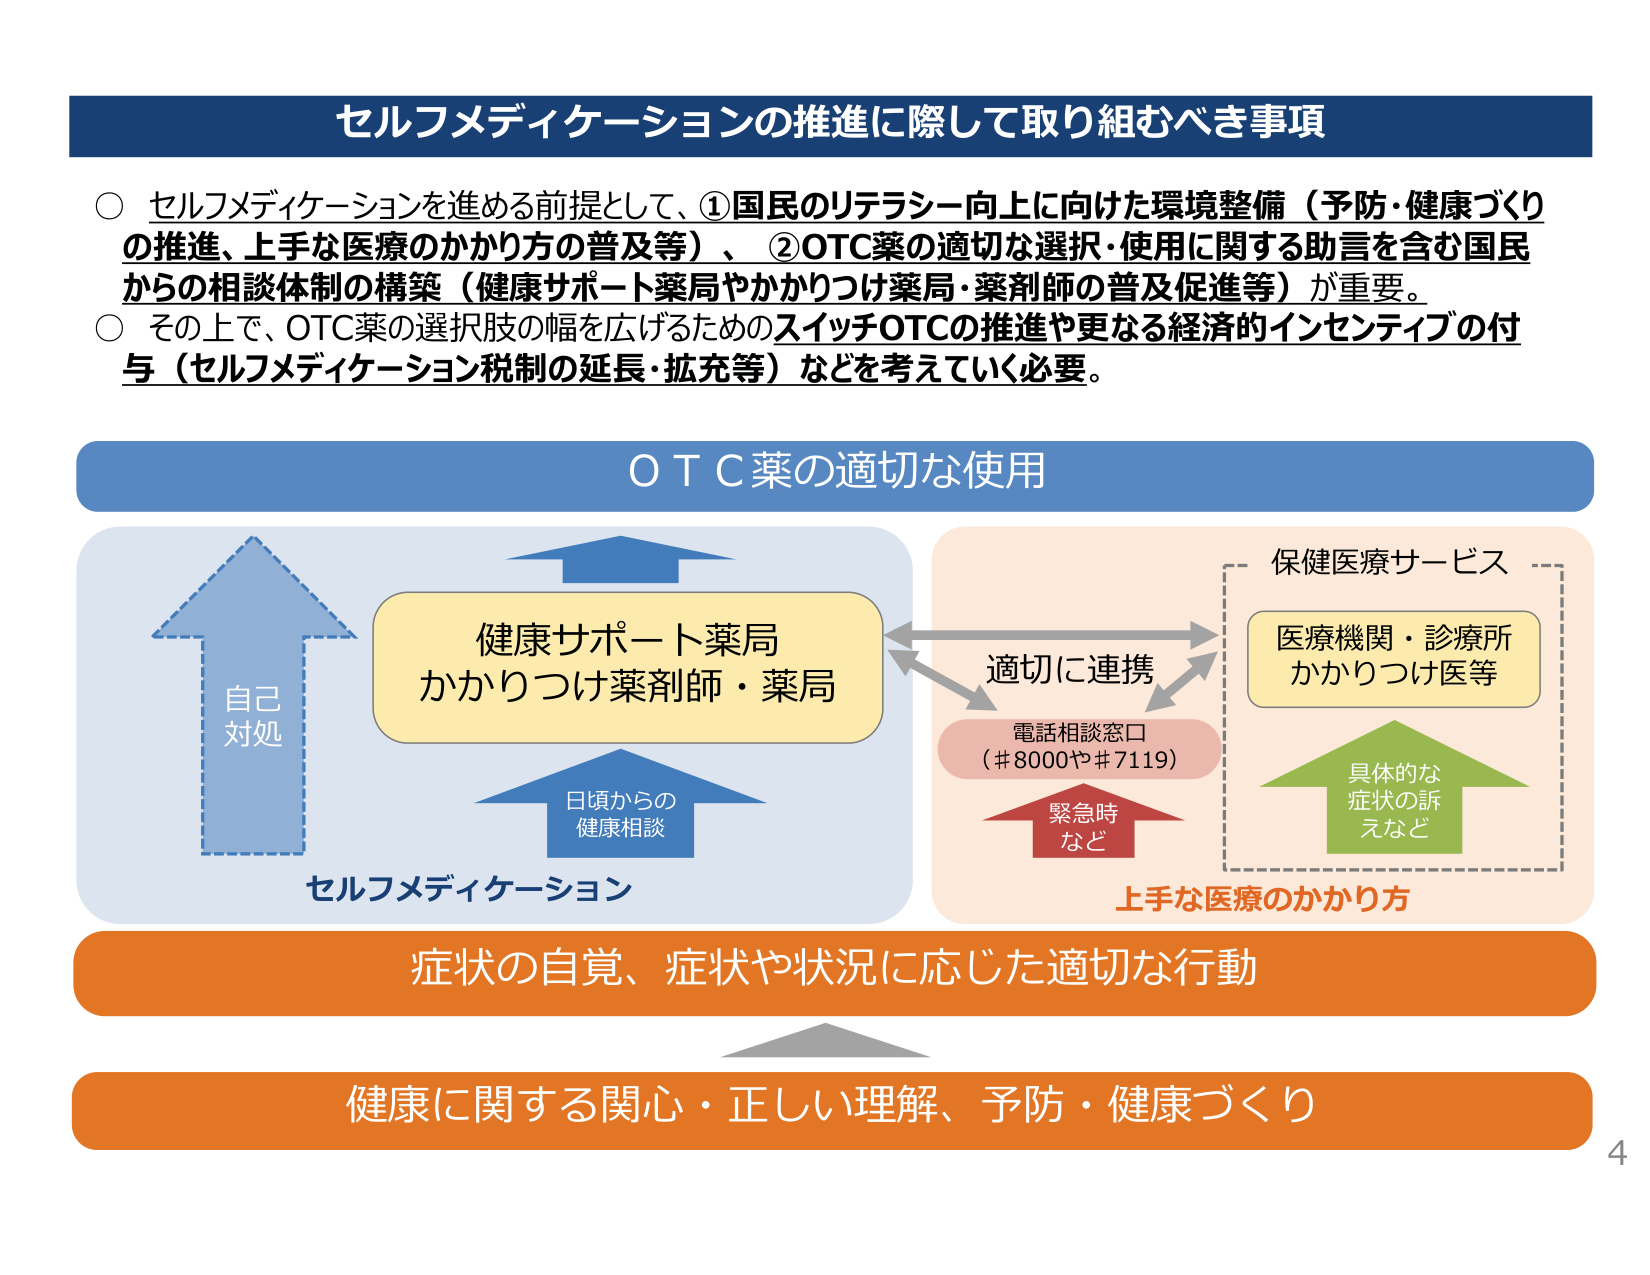
セルフメディケーションの推進に際して取り組むべき事項

○ セルフメディケーションを進める前提として、①国民のリテラシー向上に向けた環境整備（予防・健康づくりの推進、上手な医療のかかり方の普及等）、②OTC薬の適切な選択・使用に関する助言を含む国民からの相談体制の構築（健康サポート薬局やかかりつけ薬局・薬剤師の普及促進等）が重要。

○ その上で、OTC薬の選択肢の幅を広げるためのスイッチOTCの推進や更なる経済的インセンティブの付与（セルフメディケーション税制の延長・拡充等）などを考えていく必要。

ＯＴＣ薬の適切な使用

健康サポート薬局
かかりつけ薬剤師・薬局

自己
対処

日頃からの
健康相談

セルフメディケーション

適切に連携

電話相談窓口
（＃8000や＃7119）

緊急時
など

保健医療サービス

医療機関・診療所
かかりつけ医等

具体的な
症状の訴
えなど

上手な医療のかかり方

症状の自覚、症状や状況に応じた適切な行動

健康に関する関心・正しい理解、予防・健康づくり

4